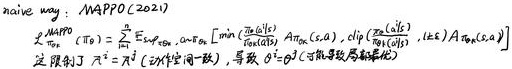
naive way: MAPPO(2021)

$\underset{\theta ^{\pi }}{ \text{max}}\ J(\theta ^{\pi })=\mathbb{E}_{\tau \sim \pi ^{\theta }}\left[\sum_{t = 0}^{T - 1}\gamma ^{t}\left[\min \left(\frac{\pi _{\theta ^{\pi }}^{\prime }(a_{t}^{i}|s_{t}^{i})}{\pi _{\theta ^{\pi }}(a_{t}^{i}|s_{t}^{i})}A_{\pi _{\theta ^{\pi }}}(s_{t}^{i},a_{t}^{i}),clip\left(\frac{\pi _{\theta ^{\pi }}^{\prime }(a_{t}^{i}|s_{t}^{i})}{\pi _{\theta ^{\pi }}(a_{t}^{i}|s_{t}^{i})},1 - \epsilon,1 + \epsilon \right)A_{\pi _{\theta ^{\pi }}}(s_{t}^{i},a_{t}^{i})\right)\right], \text{LEC}\ A_{\pi _{\theta ^{\pi }}}(s_{t}^{i},a_{t}^{i})$

这限制了$\pi ^{\prime }=\pi$在训练 - 步，导数$\theta ^{\prime }=\theta$在子 - 步